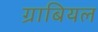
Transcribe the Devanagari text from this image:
ग्राबियल